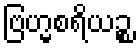
ဗြဟ္မစရိယဉ္စ